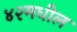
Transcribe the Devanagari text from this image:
४२मधील